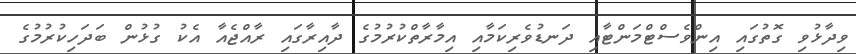
ވިދާޅުވި ގޮތުގައި އިންވެސްޓްމަންޓާއި ދަނޑުވެރިކަމާއި އިމާރާތްކުރުމުގެ ދާއިރާގައި ރާއްޖެއާ އެކު ގުޅުން ބަދަހިކުރުމުގެ